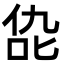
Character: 㖌